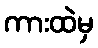
ကားထဲမှ